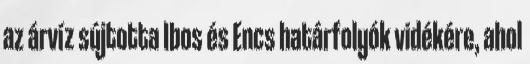
az árvíz sújtotta Ibos és Encs határfolyók vidékére, ahol